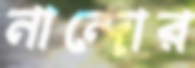
নান্দোর